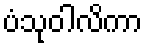
ပံသုဝါလိကာ